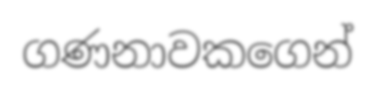
ගණනාවකගෙන්